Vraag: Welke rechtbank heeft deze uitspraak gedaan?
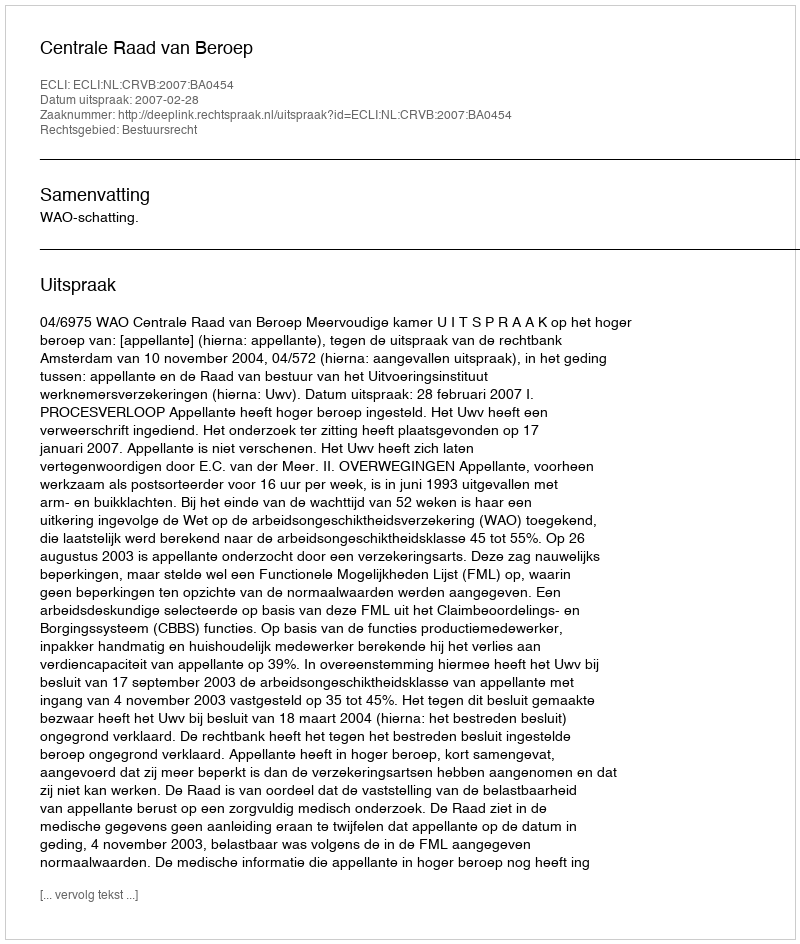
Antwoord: Centrale Raad van Beroep